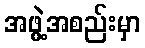
အဖွဲ့အစည်းမှာ